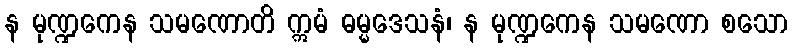
န မုဏ္ဍကေန သမဏောတိ ဣမံ ဓမ္မဒေသနံ၊ န မုဏ္ဍကေန သမဏော စသော